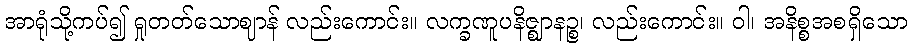
အာရုံသို့ကပ်၍ ရှုတတ်သောဈာန် လည်းကောင်း။ လက္ခဏူပနိဇ္ဈာနဉ္စ၊ လည်းကောင်း။ ဝါ၊ အနိစ္စအစရှိသော